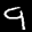
Label: 9